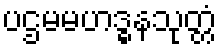
ပဌမမဟဒ္ဓနသုတ္တံ